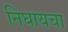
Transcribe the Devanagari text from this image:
निघायचा